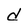
Character: d